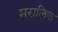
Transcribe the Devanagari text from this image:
मरालिक